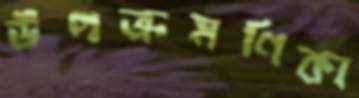
উপক্রমণিকা